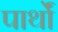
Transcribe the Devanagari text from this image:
पार्थों